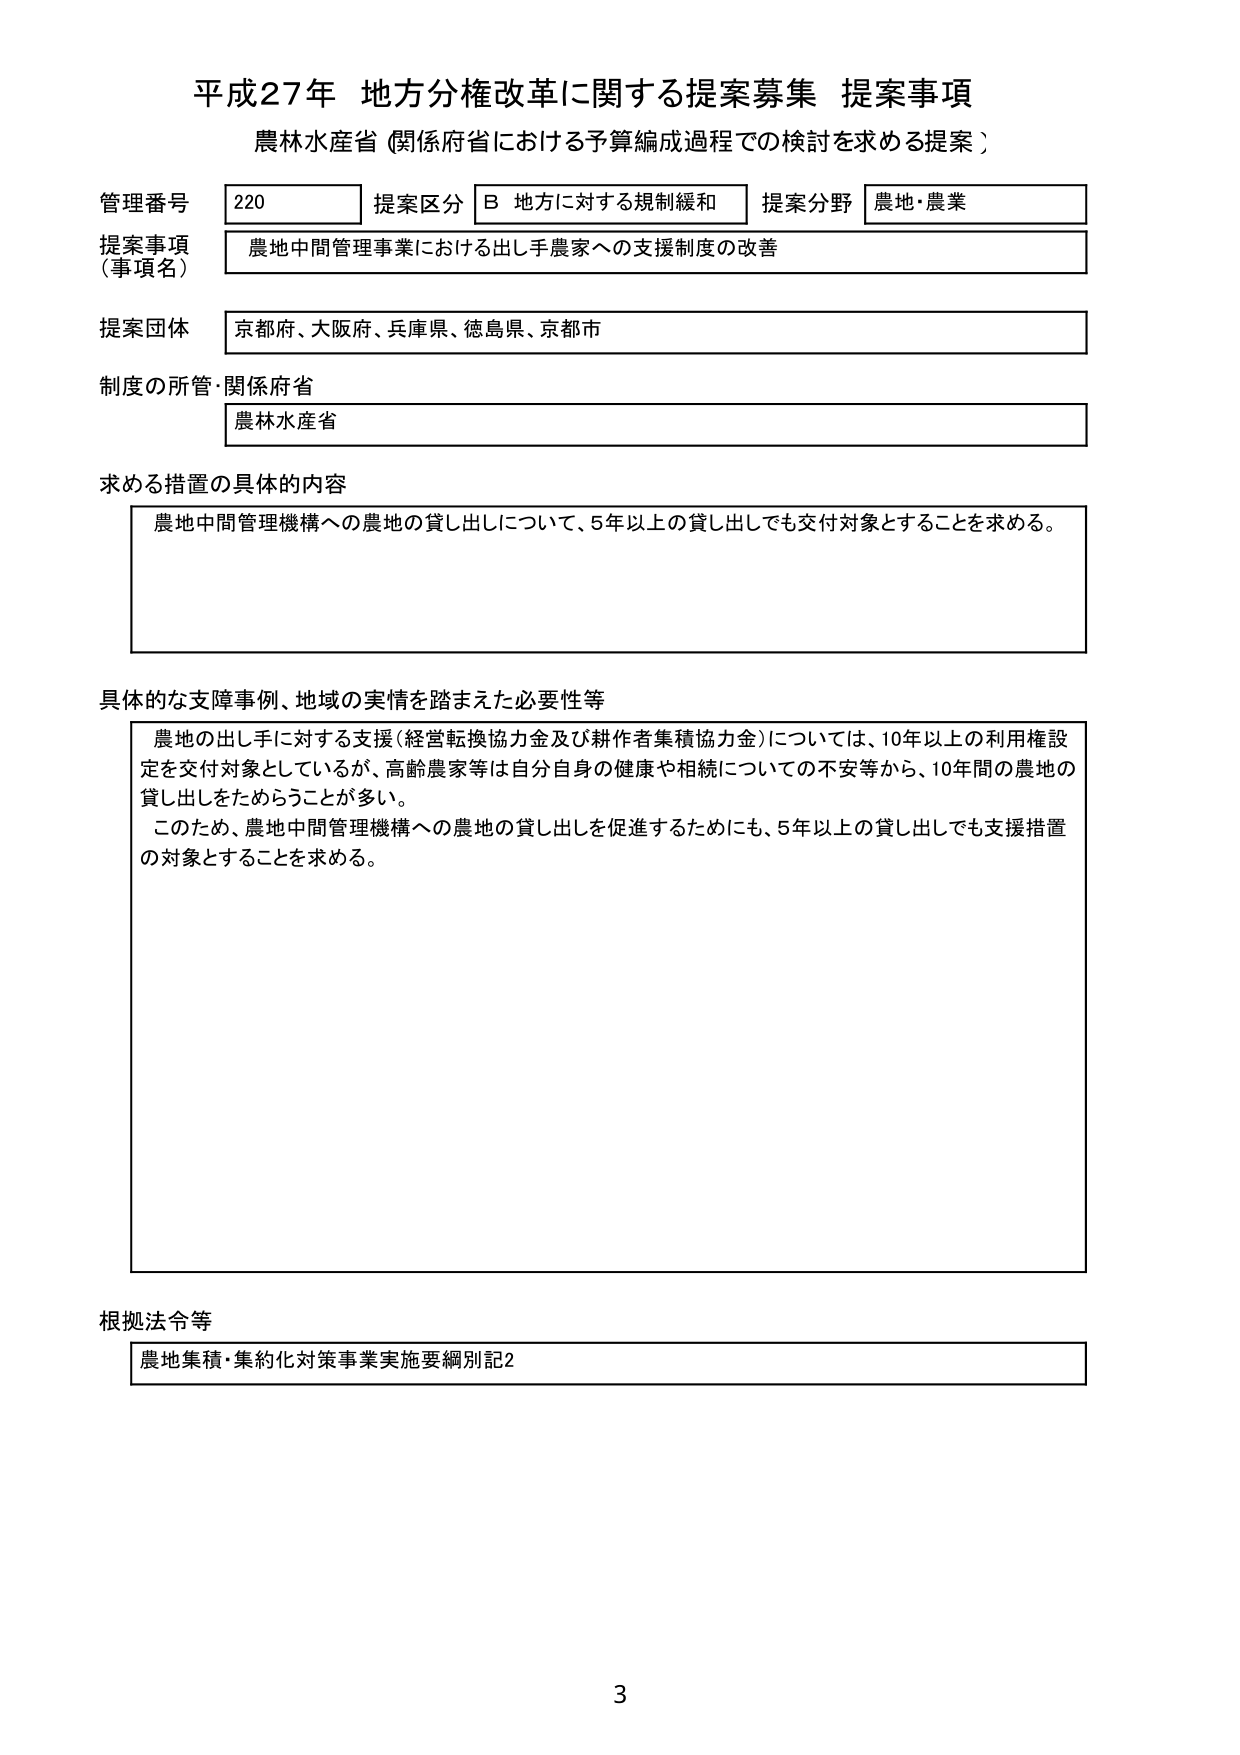
平成27年 地方分権改革に関する提案募集 提案事項
農林水産省（関係府省における予算編成過程での検討を求める提案）

管理番号 220 提案区分 B 地方に対する規制緩和 提案分野 農地・農業
提案事項（事項名） 農地中間管理事業における出手農家への支援制度の改善
提案団体 京都府、大阪府、兵庫県、徳島県、京都市
制度の所管・関係府省 農林水産省

求める措置の具体的な内容
農地中間管理機構への農地の貸し出しについて、5年以上の貸し出しでも交付対象とすることを求める。

具体的な支援事例、地域の実情を踏まえた必要性等
農地の出手に対する支援（経営転換協力金及び耕作者集積協力金）については、10年以上の利用権設定を交付対象としているが、高齢農家等は自分自身の健康や相続についての不安等から、10年間の農地の貸し出しをためらうことが多い。
このため、農地中間管理機構への農地の貸し出しを促進するためにも、5年以上の貸し出しでも支援措置の対象とすることを求める。

根拠法令等
農地集積・集約化対策事業実施要綱別記2

3